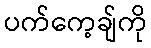
ပက်ကေ့ချ်ကို